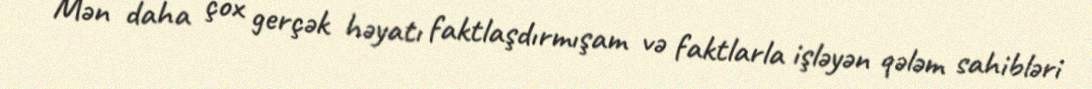
Mən daha çox gerçək həyatı faktlaşdırmışam və faktlarla işləyən qələm sahibləri